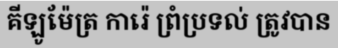
គីឡូម៉ែត្រ ការ៉េ ព្រំប្រទល់ ត្រូវបាន